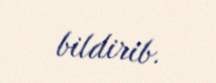
bildirib.